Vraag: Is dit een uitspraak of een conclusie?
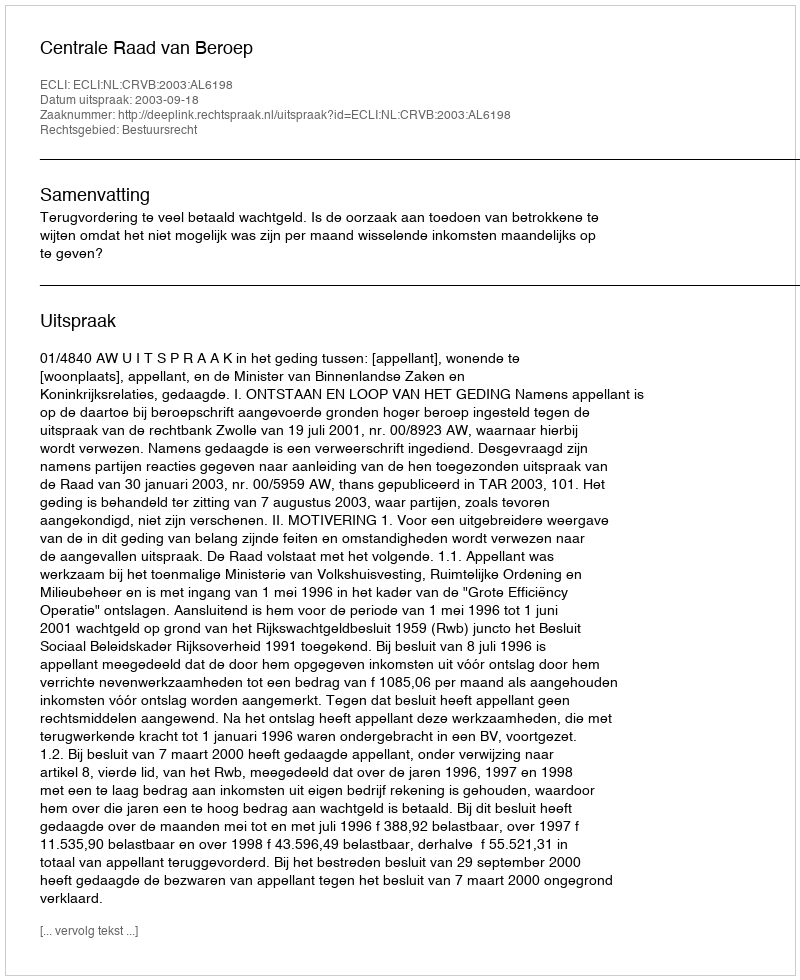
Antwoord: Uitspraak